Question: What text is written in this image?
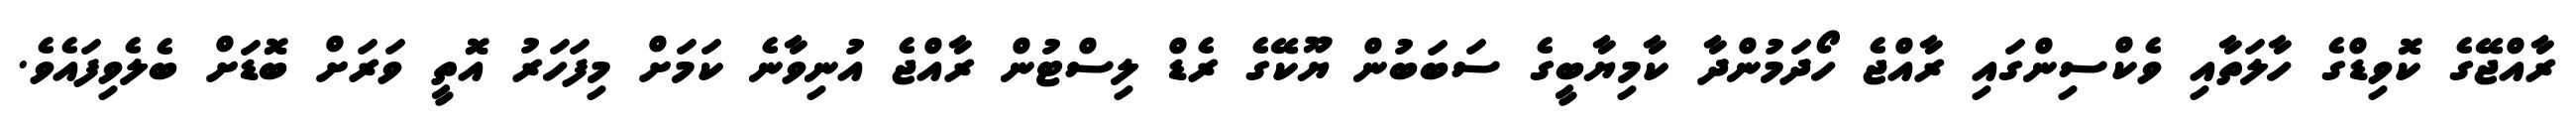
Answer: ރާއްޖޭގެ ކޮވިޑްގެ ހާލަތާއި ވެކްސިންގައި ރާއްޖެ ހޯދަމުންދާ ކާމިޔާބީގެ ސަބަބުން ޔޫކޭގެ ރެޑް ލިސްޓުން ރާއްޖެ އުނިވާނެ ކަމަށް މިފަހަރު އޮތީ ވަރަށް ބޮޑަށް ބެލެވިފައެވެ.